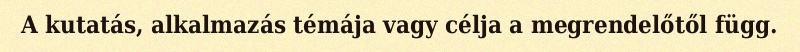
A kutatás, alkalmazás témája vagy célja a megrendelőtől függ.